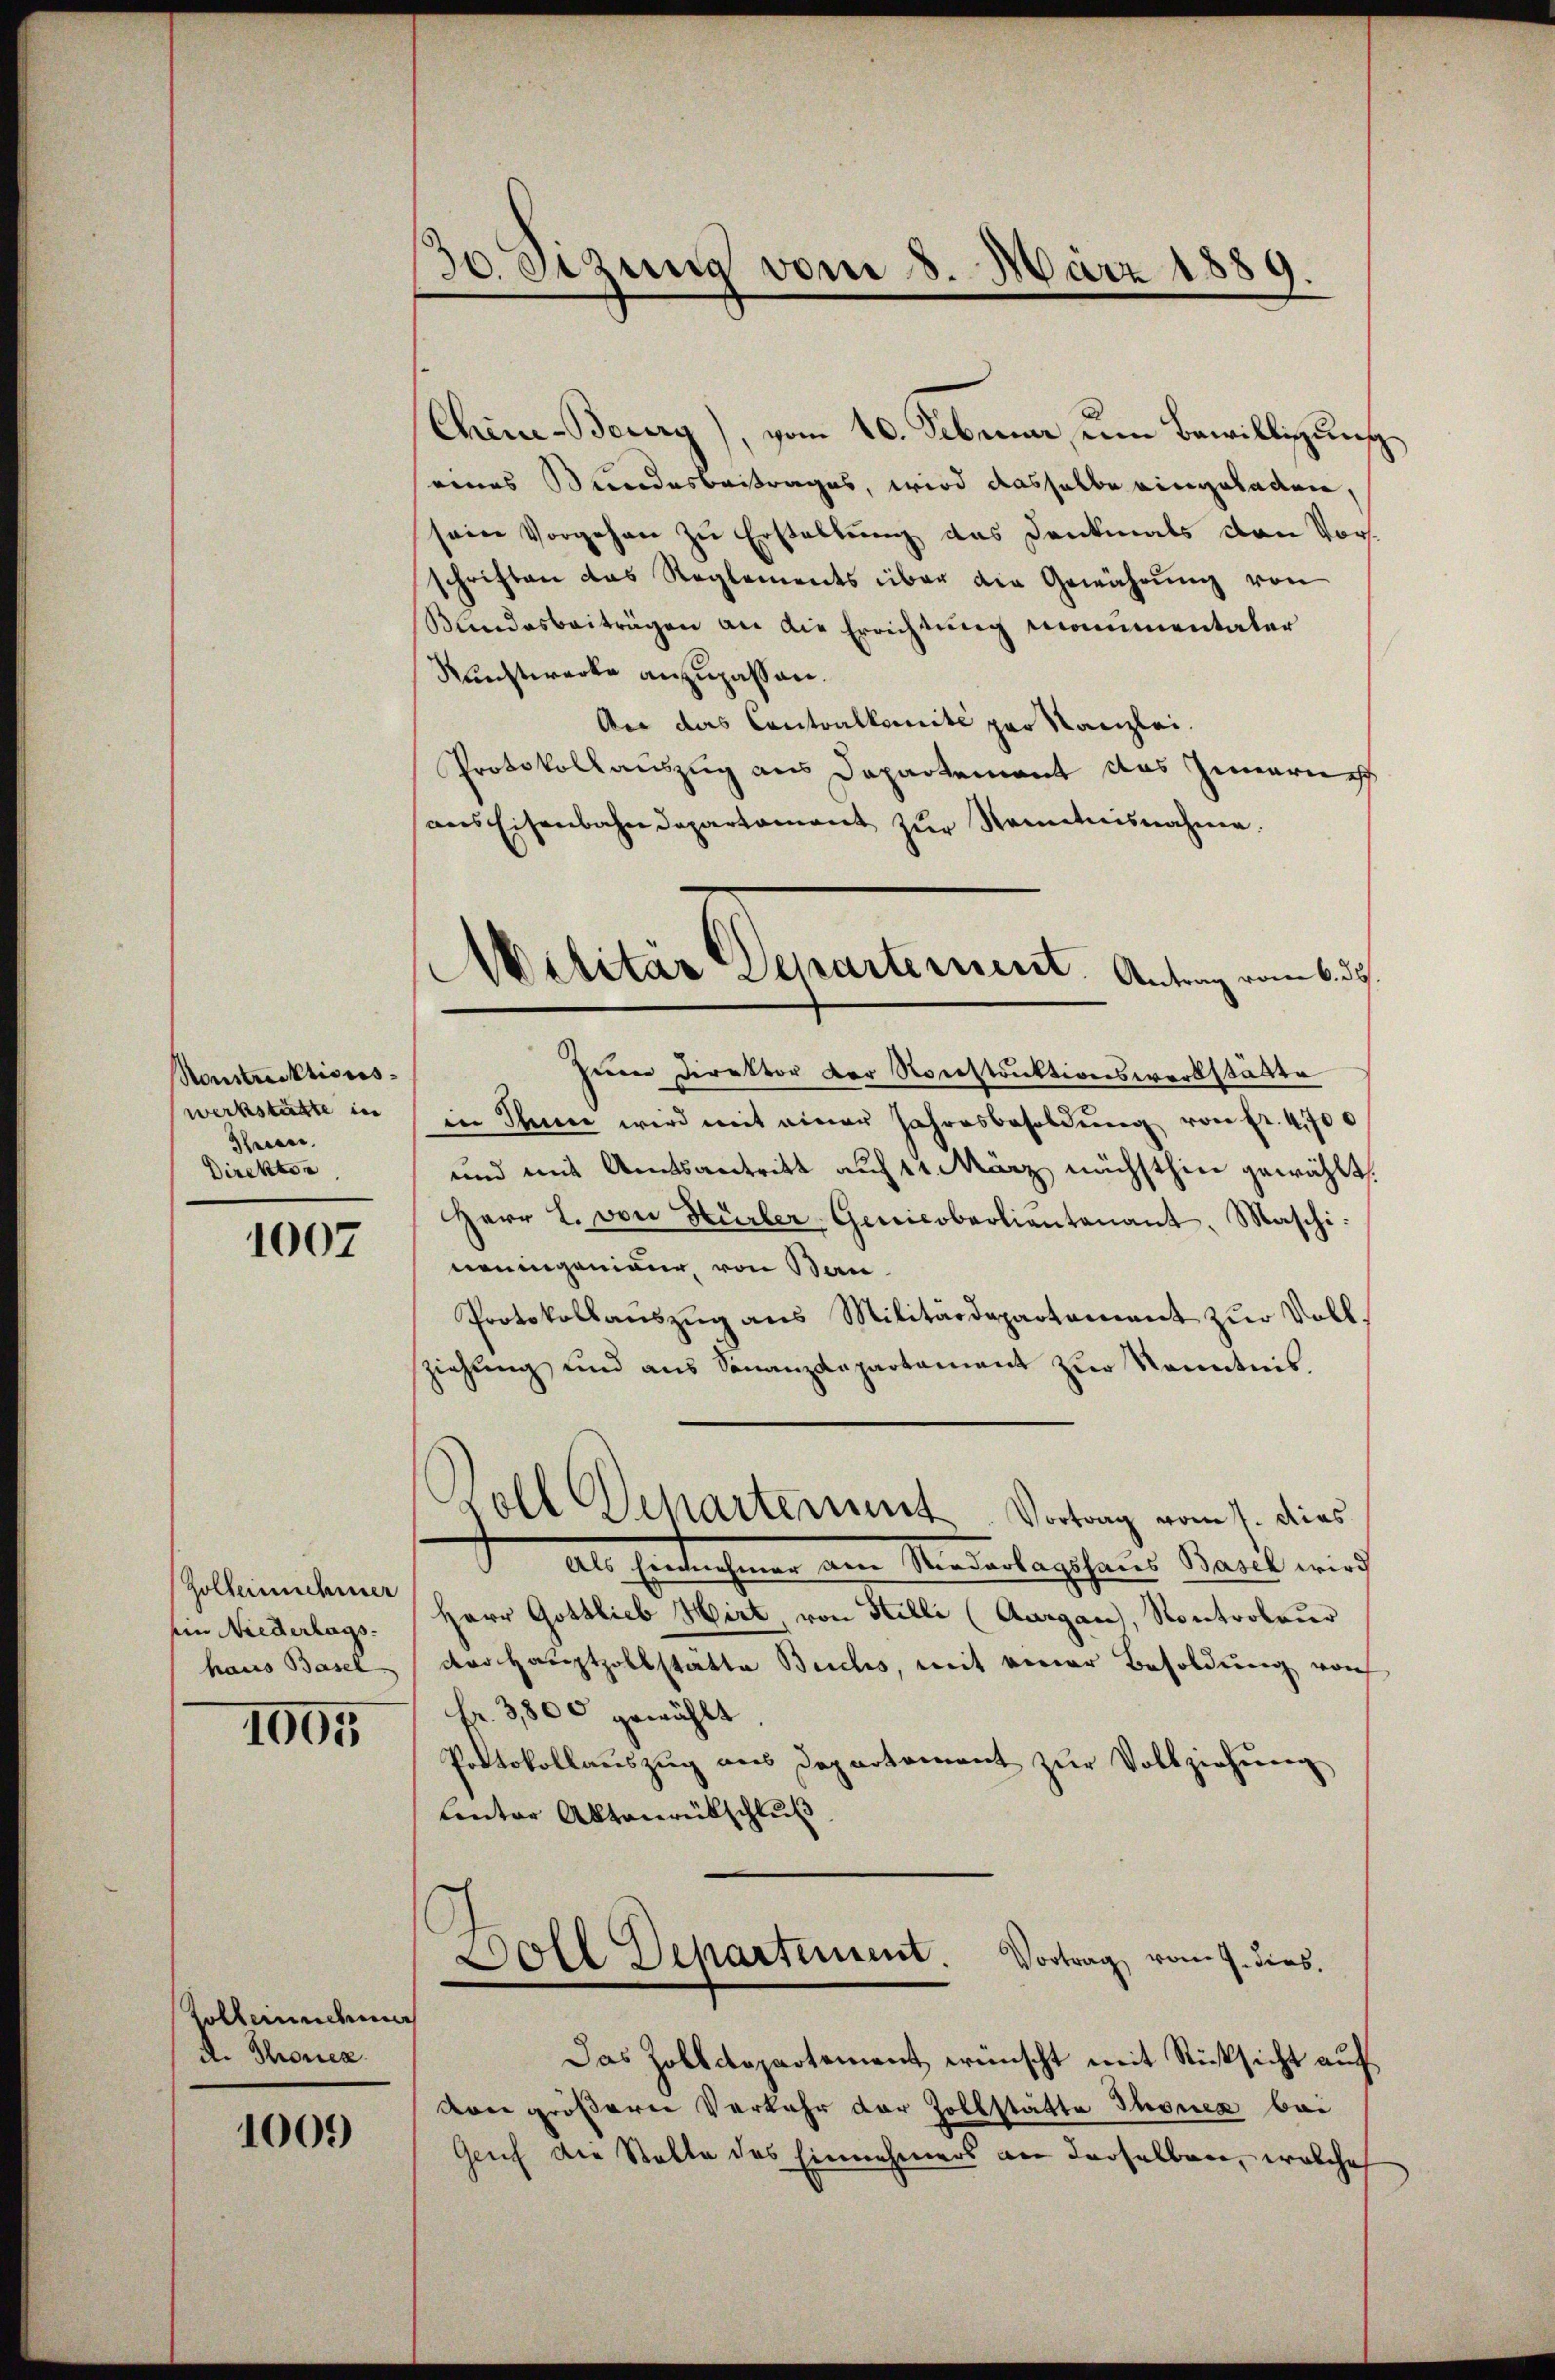
30. Sizung vom 8. März 1889

Chine-Berry), vom 10. Februar, um Bewilligung

renes Bundesbeitrages, wird dasselbe eingeladen,
seine Vorgehen zŭ Erstellung das Denkmals von Vorsschriften das Reglements über die Gewährŭng von
Bundesbeiträgen an die Errichtung monumentaler
Ruechtwerke anzupassen.
An das Contralkomité par Kanzlei.
Protokollauszug aus Departement das Innerneh
ans Eisenbahndepartament zŭr Kenntnisnahme.
Zum Direktor der Ronstruktionswerkstätte
in Schnee wird mit einer Jahresbesoldŭng von fr. 4700
und mit Amtsantritt auf 11 März nächsthin gewählt
Herr L. von Hürler-Genicobeoliantenant, Maschi
neningenieur, von Ban
Protokollauszug aus Militärdepartement zur Voll
ziehung und aus Sonanzdepartament zur Kenntnis.
Soll Departement. Vortrag vom 7. dies
Als Eintnehmer am Niederlagshaus Basel wird
Herr Gottlieb Hirt, von Stilli (Aargau, Kontrolaŭr
der Hauptzollstatte Buchs, mit einer Besoldung von
Fr. 3,800 gewählt
Protokollaŭszŭg aŭs Departament zŭr Vollziehŭng
lenter Aktenrütschluß
Doll Dehartement. Vortrag vom 9. dies

Ailitar Departement. Antrag vom 6. 39.

onstruktionswerkstätte in
Seien.
Direktor

1007

Zolbeinnehmer
em Niederlags-
haus Basel

1005

Zollerundenen
A. Thonen

Das Zolldepartement wünscht mit Rücksicht auf
vone größerer Verkehr der Zollstätte Thonea bei
Geuch die Statte des Einnehmers an derselben, welche

1009